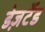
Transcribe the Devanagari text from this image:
डेज़र्टेड